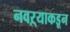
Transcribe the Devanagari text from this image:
नवऱ्याकडून